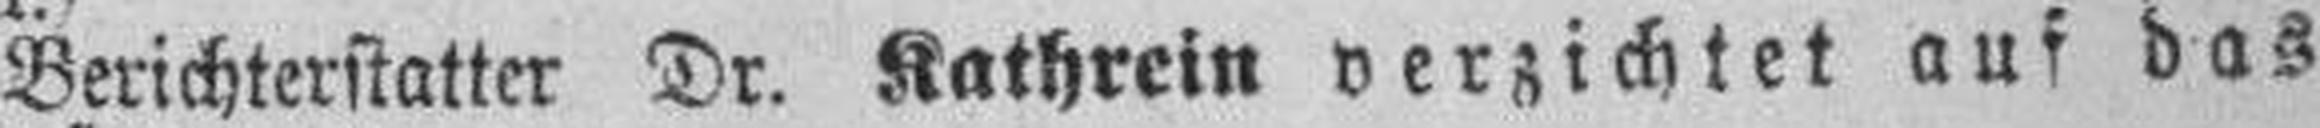
Berichterstatter Dr. Kathrein verzichtet auf das